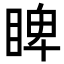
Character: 睥